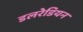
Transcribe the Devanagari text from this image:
डलरेडियन